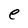
Character: e